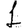
Digit: 1